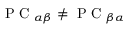
\mathrm { ~ P ~ C ~ } _ { \alpha \beta } \neq \mathrm { ~ P ~ C ~ } _ { \beta \alpha }